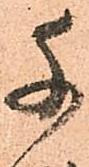
千